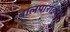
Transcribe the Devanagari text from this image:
बालपाराईसो